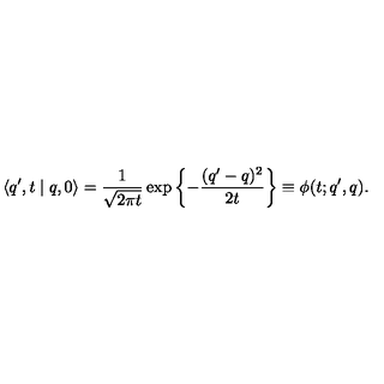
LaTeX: \langle q ^ { \prime } , t \mid q , 0 \rangle = \frac { 1 } { \sqrt { 2 \pi t } } \exp \left\{ - \frac { ( q ^ { \prime } - q ) ^ { 2 } } { 2 t } \right\} \equiv \phi ( t ; q ^ { \prime } , q ) .